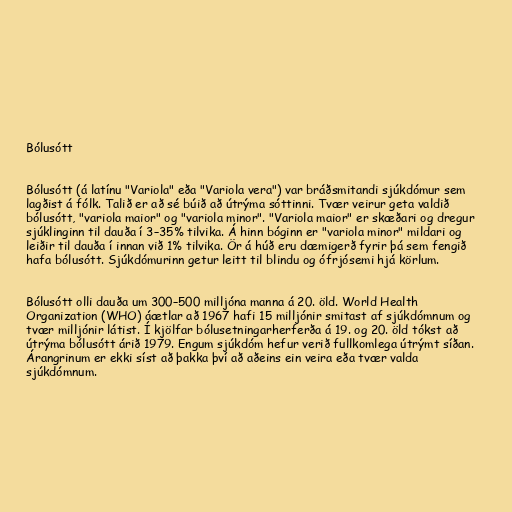
Bólusótt

Bólusótt (á latínu "Variola" eða "Variola vera") var bráðsmitandi sjúkdómur sem
lagðist á fólk. Talið er að sé búið að útrýma sóttinni. Tvær veirur geta valdið
bólusótt, "variola maior" og "variola minor". "Variola maior" er skæðari og dregur
sjúklinginn til dauða í 3–35% tilvika. Á hinn bóginn er "variola minor" mildari og
leiðir til dauða í innan við 1% tilvika. Ör á húð eru dæmigerð fyrir þá sem fengið
hafa bólusótt. Sjúkdómurinn getur leitt til blindu og ófrjósemi hjá körlum.

Bólusótt olli dauða um 300–500 milljóna manna á 20. öld. World Health
Organization (WHO) áætlar að 1967 hafi 15 milljónir smitast af sjúkdómnum og
tvær milljónir látist. Í kjölfar bólusetningarherferða á 19. og 20. öld tókst að
útrýma bólusótt árið 1979. Engum sjúkdóm hefur verið fullkomlega útrýmt síðan.
Árangrinum er ekki síst að þakka því að aðeins ein veira eða tvær valda
sjúkdómnum.